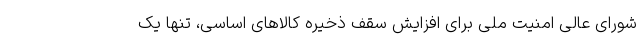
شورای عالی امنیت ملی برای افزایش سقف ذخیره کالاهای اساسی، تنها یک